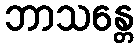
ဘာသန္တေ